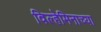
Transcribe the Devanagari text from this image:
विल्हेमिनाच्या